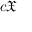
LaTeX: c { \mathfrak { X } }